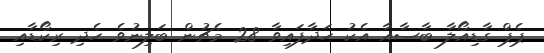
ޕެޕް ގާޑިއޯލާ ބާސާއާ އެކު ހަދާފައިވާ 28 މެޗުން ބަލިނުވެ ހެދި ރިކޯޑާއި